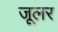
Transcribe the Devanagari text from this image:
जूलर